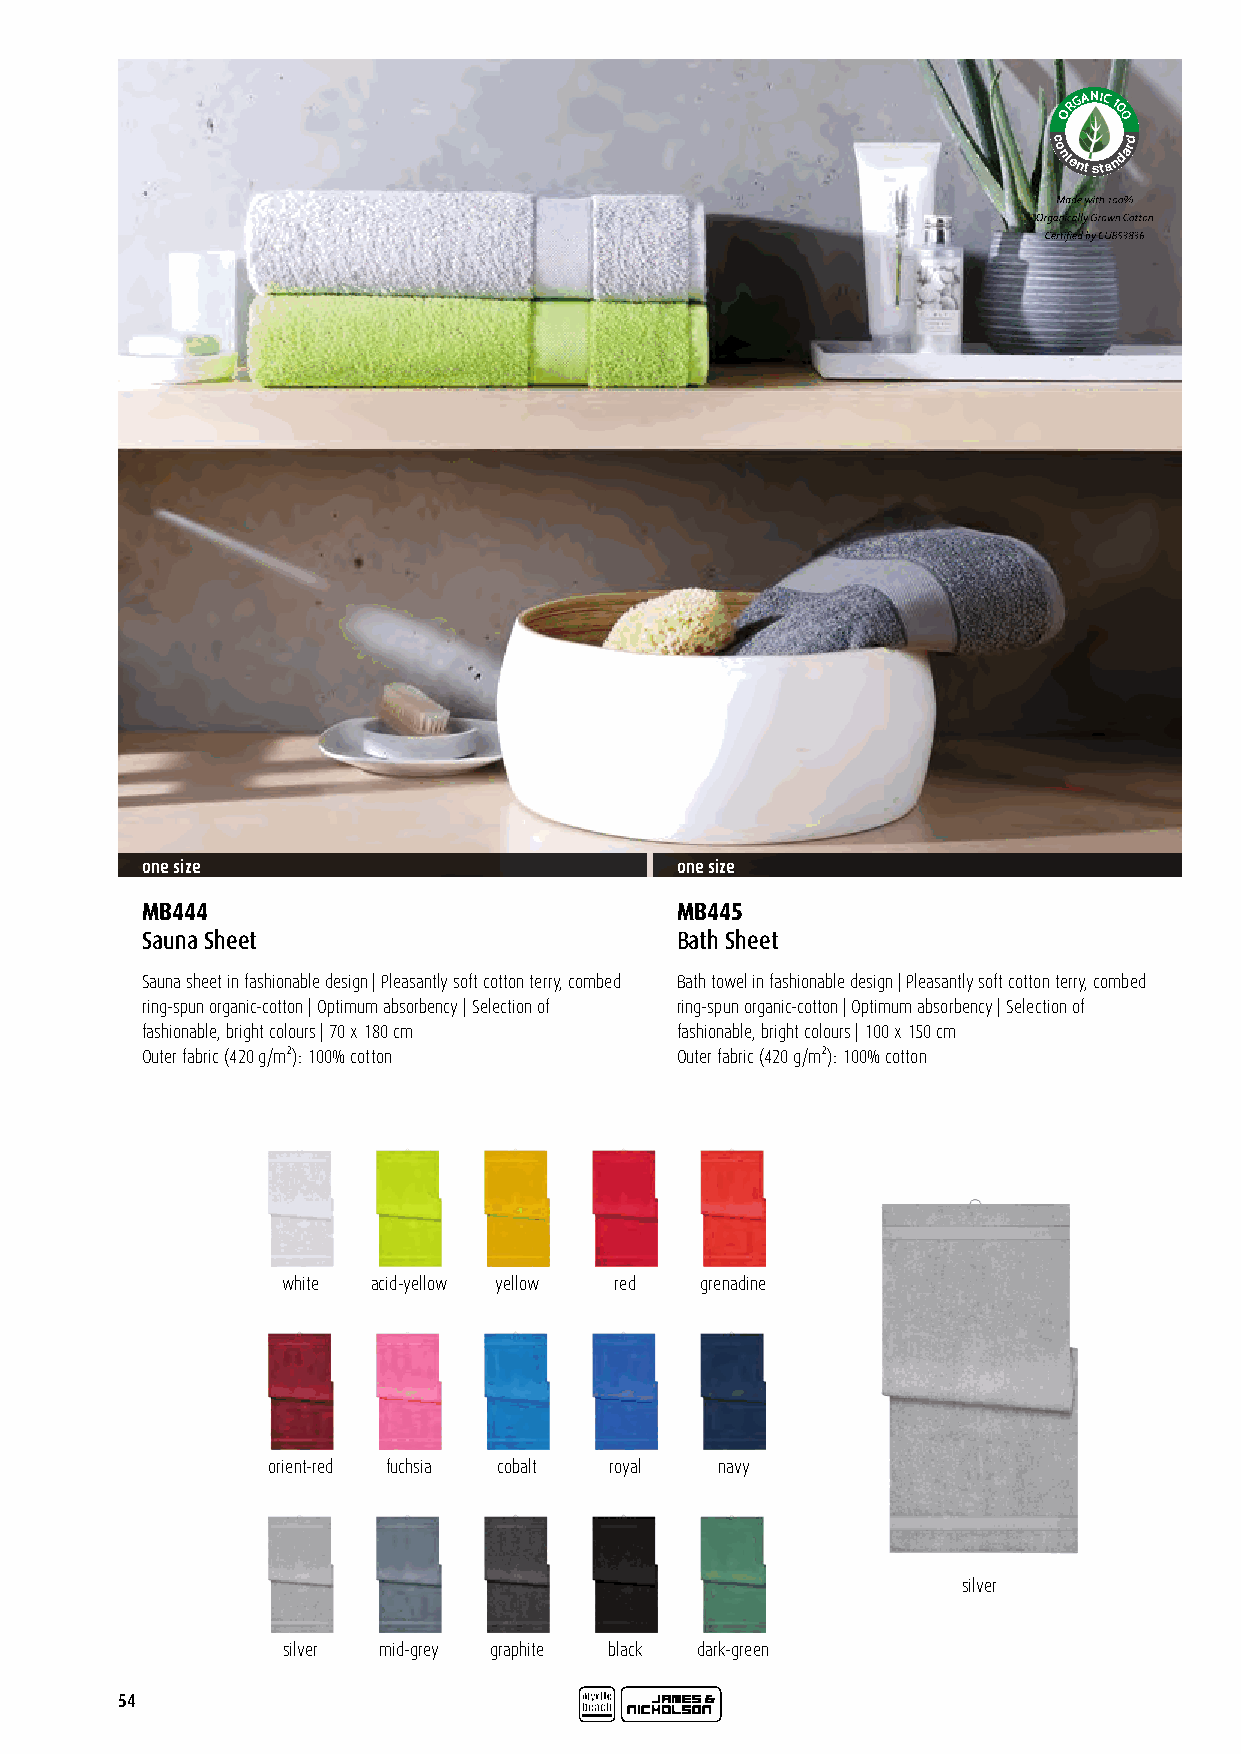
RGANIC
 1
 O   0
 0
 c
 o
 ntent
 sta
 ndard
 Certified by CU 853836
 one size                            one size
 MB444                               MB445
 Sauna Sheet                         Bath Sheet
 Sauna sheet in fashionable design | Pleasantly soft cotton terry, combed Bath towel in fashionable design | Pleasantly soft cotton terry, combed
 ring-spun organic-cotton | Optimum absorbency | Selection of ring-spun organic-cotton | Optimum absorbency | Selection of
 fashionable, bright colours | 70 x 180 cm fashionable, bright colours | 100 x 150 cm
 Outer fabric (420 g/m²): 100% cotton Outer fabric (420 g/m²): 100% cotton
 white acid-yellow yellow red grenadine
 orient-red fuchsia cobalt royal navy
 silver
 silver mid-grey graphite black dark-green
 54